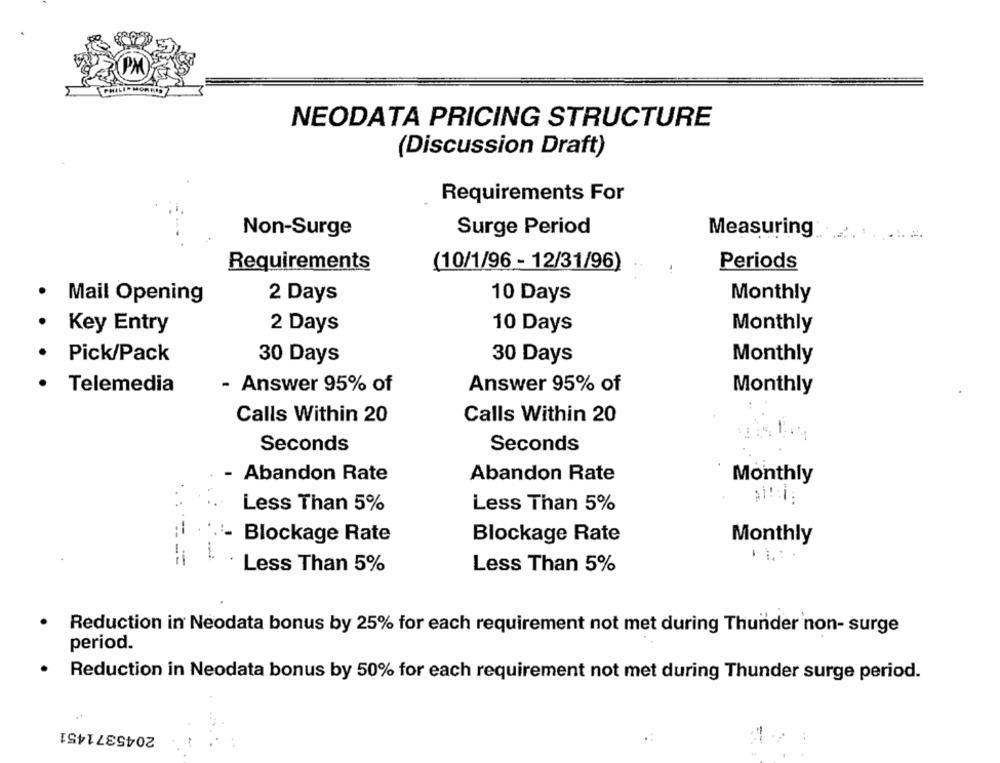
NEODATA PRICING STRUCTURE
(Discussion Draft)
Requirements For
Surge Period
Non-Surge
Measuring
Requirements
(10/1/96 - 12/31/96)
Periods
2 Days
10 Days
Monthly
Mail Opening
2 Days
10 Days
Monthly
Key Entry
Pick/Pack
30 Days
30 Days
Monthly
Telemedia
- Answer 95% of
Answer 95% of
Monthly
Calls Within 20
Calls Within 20
Seconds
Seconds
- Abandon Rate
Abandon Rate
Monthly
Less Than 5%
Less Than 5%
Blockage Rate
Blockage Rate
Monthly
1 .:
Less Than 5%
Less Than 5%
Reduction in Neodata bonus by 25% for each requirement not met during Thunder non- surge
period.
Reduction in Neodata bonus by 50% for each requirement not met during Thunder surge period.
2045371451
.:
: